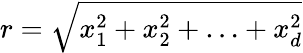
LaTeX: r=\sqrt{x_{1}^{2}+x_{2}^{2}+\ldots+x_{d}^{2}}